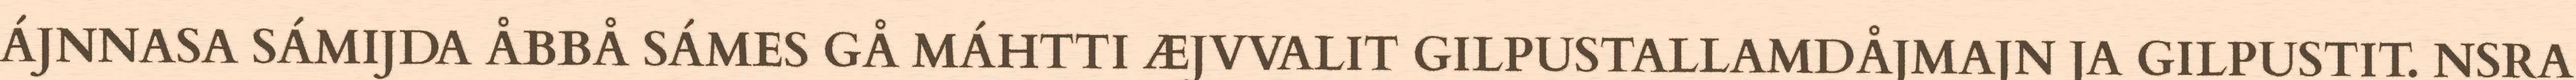
ÁJNNASA SÁMIJDA ÅBBÅ SÁMES GÅ MÁHTTI ÆJVVALIT GILPUSTALLAMDÅJMAJN JA GILPUSTIT. NSRA